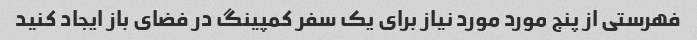
فهرستی از پنج مورد مورد نیاز برای یک سفر کمپینگ در فضای باز ایجاد کنید